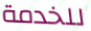
للخدمة